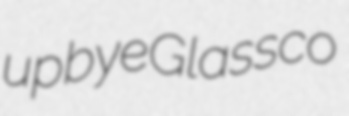
upbye Glassco